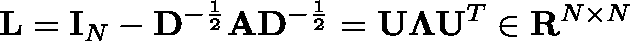
\mathbf L = \mathbf I _ { N } - \mathbf D ^ { - \frac { 1 } { 2 } } \mathbf A \mathbf D ^ { - \frac { 1 } { 2 } } = \mathbf U \mathbf { \Lambda } \mathbf U ^ { T } \in \mathbf { R } ^ { N \times N }